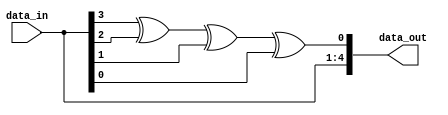
//4-bit Even Parity Generator
module Parity_Generator_structural(
  input[3:0] data_in,
  output[4:0] data_out
);
  assign data_out[4:1] = data_in;
  xor(data_out[0], data_in[3], data_in[2], data_in[1], data_in[0]);
endmodule